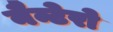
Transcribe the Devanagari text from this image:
नैन्टेरो